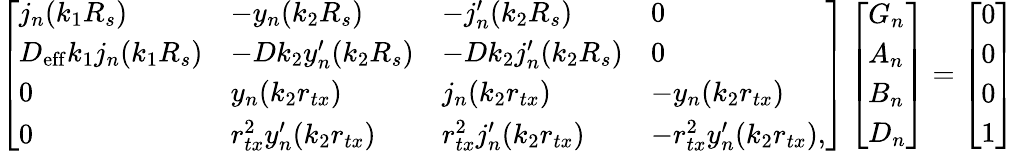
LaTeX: \left[\begin{array}{llll}{j_{n}(k_{1}R_{s})}&{-y_{n}(k_{2}R_{s})}&{-j_{n}^{\prime}(k_{2}R_{s})}&{0}\\ {D_{\mathrm{eff}}k_{1}j_{n}(k_{1}R_{s})}&{-Dk_{2}y_{n}^{\prime}(k_{2}R_{s})}&{-Dk_{2}j_{n}^{\prime}(k_{2}R_{s})}&{0}\\ {0}&{y_{n}(k_{2}r_{tx})}&{j_{n}(k_{2}r_{tx})}&{-y_{n}(k_{2}r_{tx})}\\ {0}&{r_{tx}^{2}y_{n}^{\prime}(k_{2}r_{tx})}&{r_{tx}^{2}j_{n}^{\prime}(k_{2}r_{tx})}&{-r_{tx}^{2}y_{n}^{\prime}(k_{2}r_{tx}),}\end{array}\right]\left[\begin{array}{l}{G_{n}}\\ {A_{n}}\\ {B_{n}}\\ {D_{n}}\end{array}\right]=\left[\begin{array}{l}{0}\\ {0}\\ {0}\\ {1}\end{array}\right]